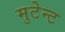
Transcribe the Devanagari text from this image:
मुटेन्ट